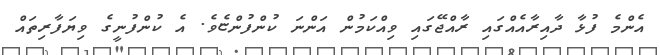
އެންމެ ފުޅާ ދާއިރާއެއްގައި ރާއްޖޭގައި ވިއްކަމުން އަންނަ ކުންފުންޏެވެ. އެ ކުންފުނީގެ ވިޔަފާރިތައް